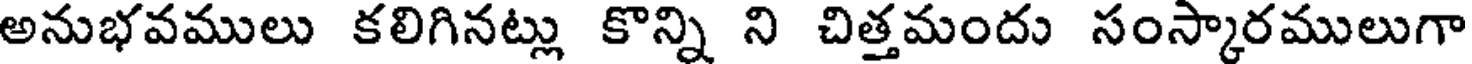
అనుభవములు కలిగినట్లు కొన్ని ని చిత్తమందు సంస్కారములుగా